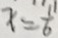
x = \frac { 1 1 } { 6 }